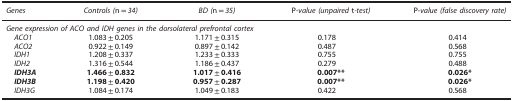
| Genes | Controls (n=34) | BD (n=35) | P-value (unpaired t-test) | P-value (false discovery rate) |
 | --- | --- | --- | --- | --- |
 | <COLSPAN=5> Gene expression of ACO and IDH genes in the dorsolateral prefrontal cortex |
 | ACO1 | 1.083±0.205 | 1.171±0.315 | 0.178 | 0.414 |
 | ACO2 | 0.922±0.149 | 0.897±0.142 | 0.487 | 0.568 |
 | IDH1 | 1.208±0.337 | 1.233±0.333 | 0.755 | 0.755 |
 | IDH2 | 1.316±0.544 | 1.186±0.437 | 0.279 | 0.488 |
 | IDH3A | 1.466±0.832 | 1.017±0.416 | 0.007** | 0.026* |
 | IDH3B | 1.198±0.420 | 0.957±0.287 | 0.007** | 0.026* |
 | IDH3G | 1.084±0.174 | 1.049±0.183 | 0.422 | 0.568 |